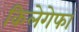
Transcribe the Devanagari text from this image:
किलेगेफां